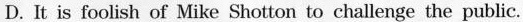
D.It is foolish of Mike Shotton to challenge the public.